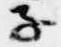
子